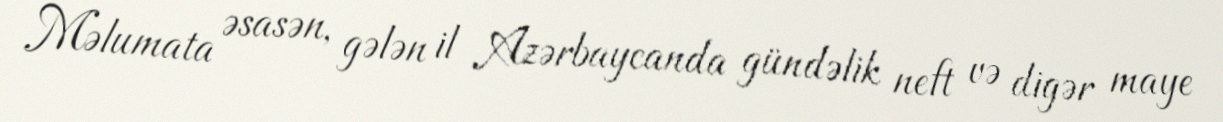
Məlumata əsasən, gələn il Azərbaycanda gündəlik neft və digər maye